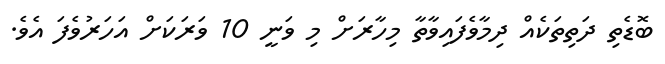
ބޮޑެތި ދަތިތަކެއް ދިމާވެފައިވާތާ މިހާރަށް މި ވަނީ 10 ވަރަކަށް އަހަރުވެފަ އެވެ.